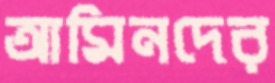
আমিনদের